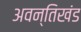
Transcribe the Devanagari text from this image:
अवन्तिखंड